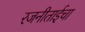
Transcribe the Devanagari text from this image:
रजनीताईचा